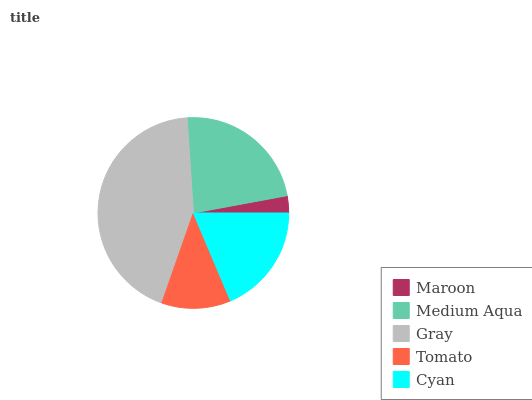
| Maroon | Medium Aqua | Gray | Tomato | Cyan |
 | --- | --- | --- | --- | --- |
 | 2.91% | 23.1% | 43.6% | 11.7% | 18.6% |